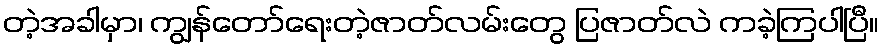
တဲ့အခါမှာ၊ ကျွန်တော်ရေးတဲ့ဇာတ်လမ်းတွေ ပြဇာတ်လဲ ကခဲ့ကြပါပြီ။